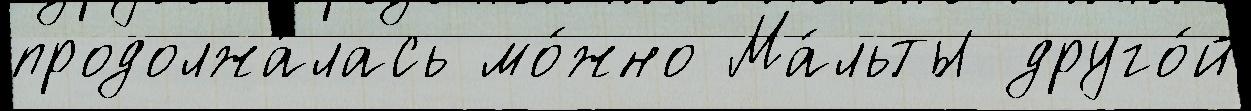
продолжа́лась мо́жно Ма́льты друго́й